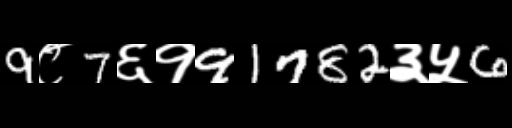
Text: 9८7६१91782३५6